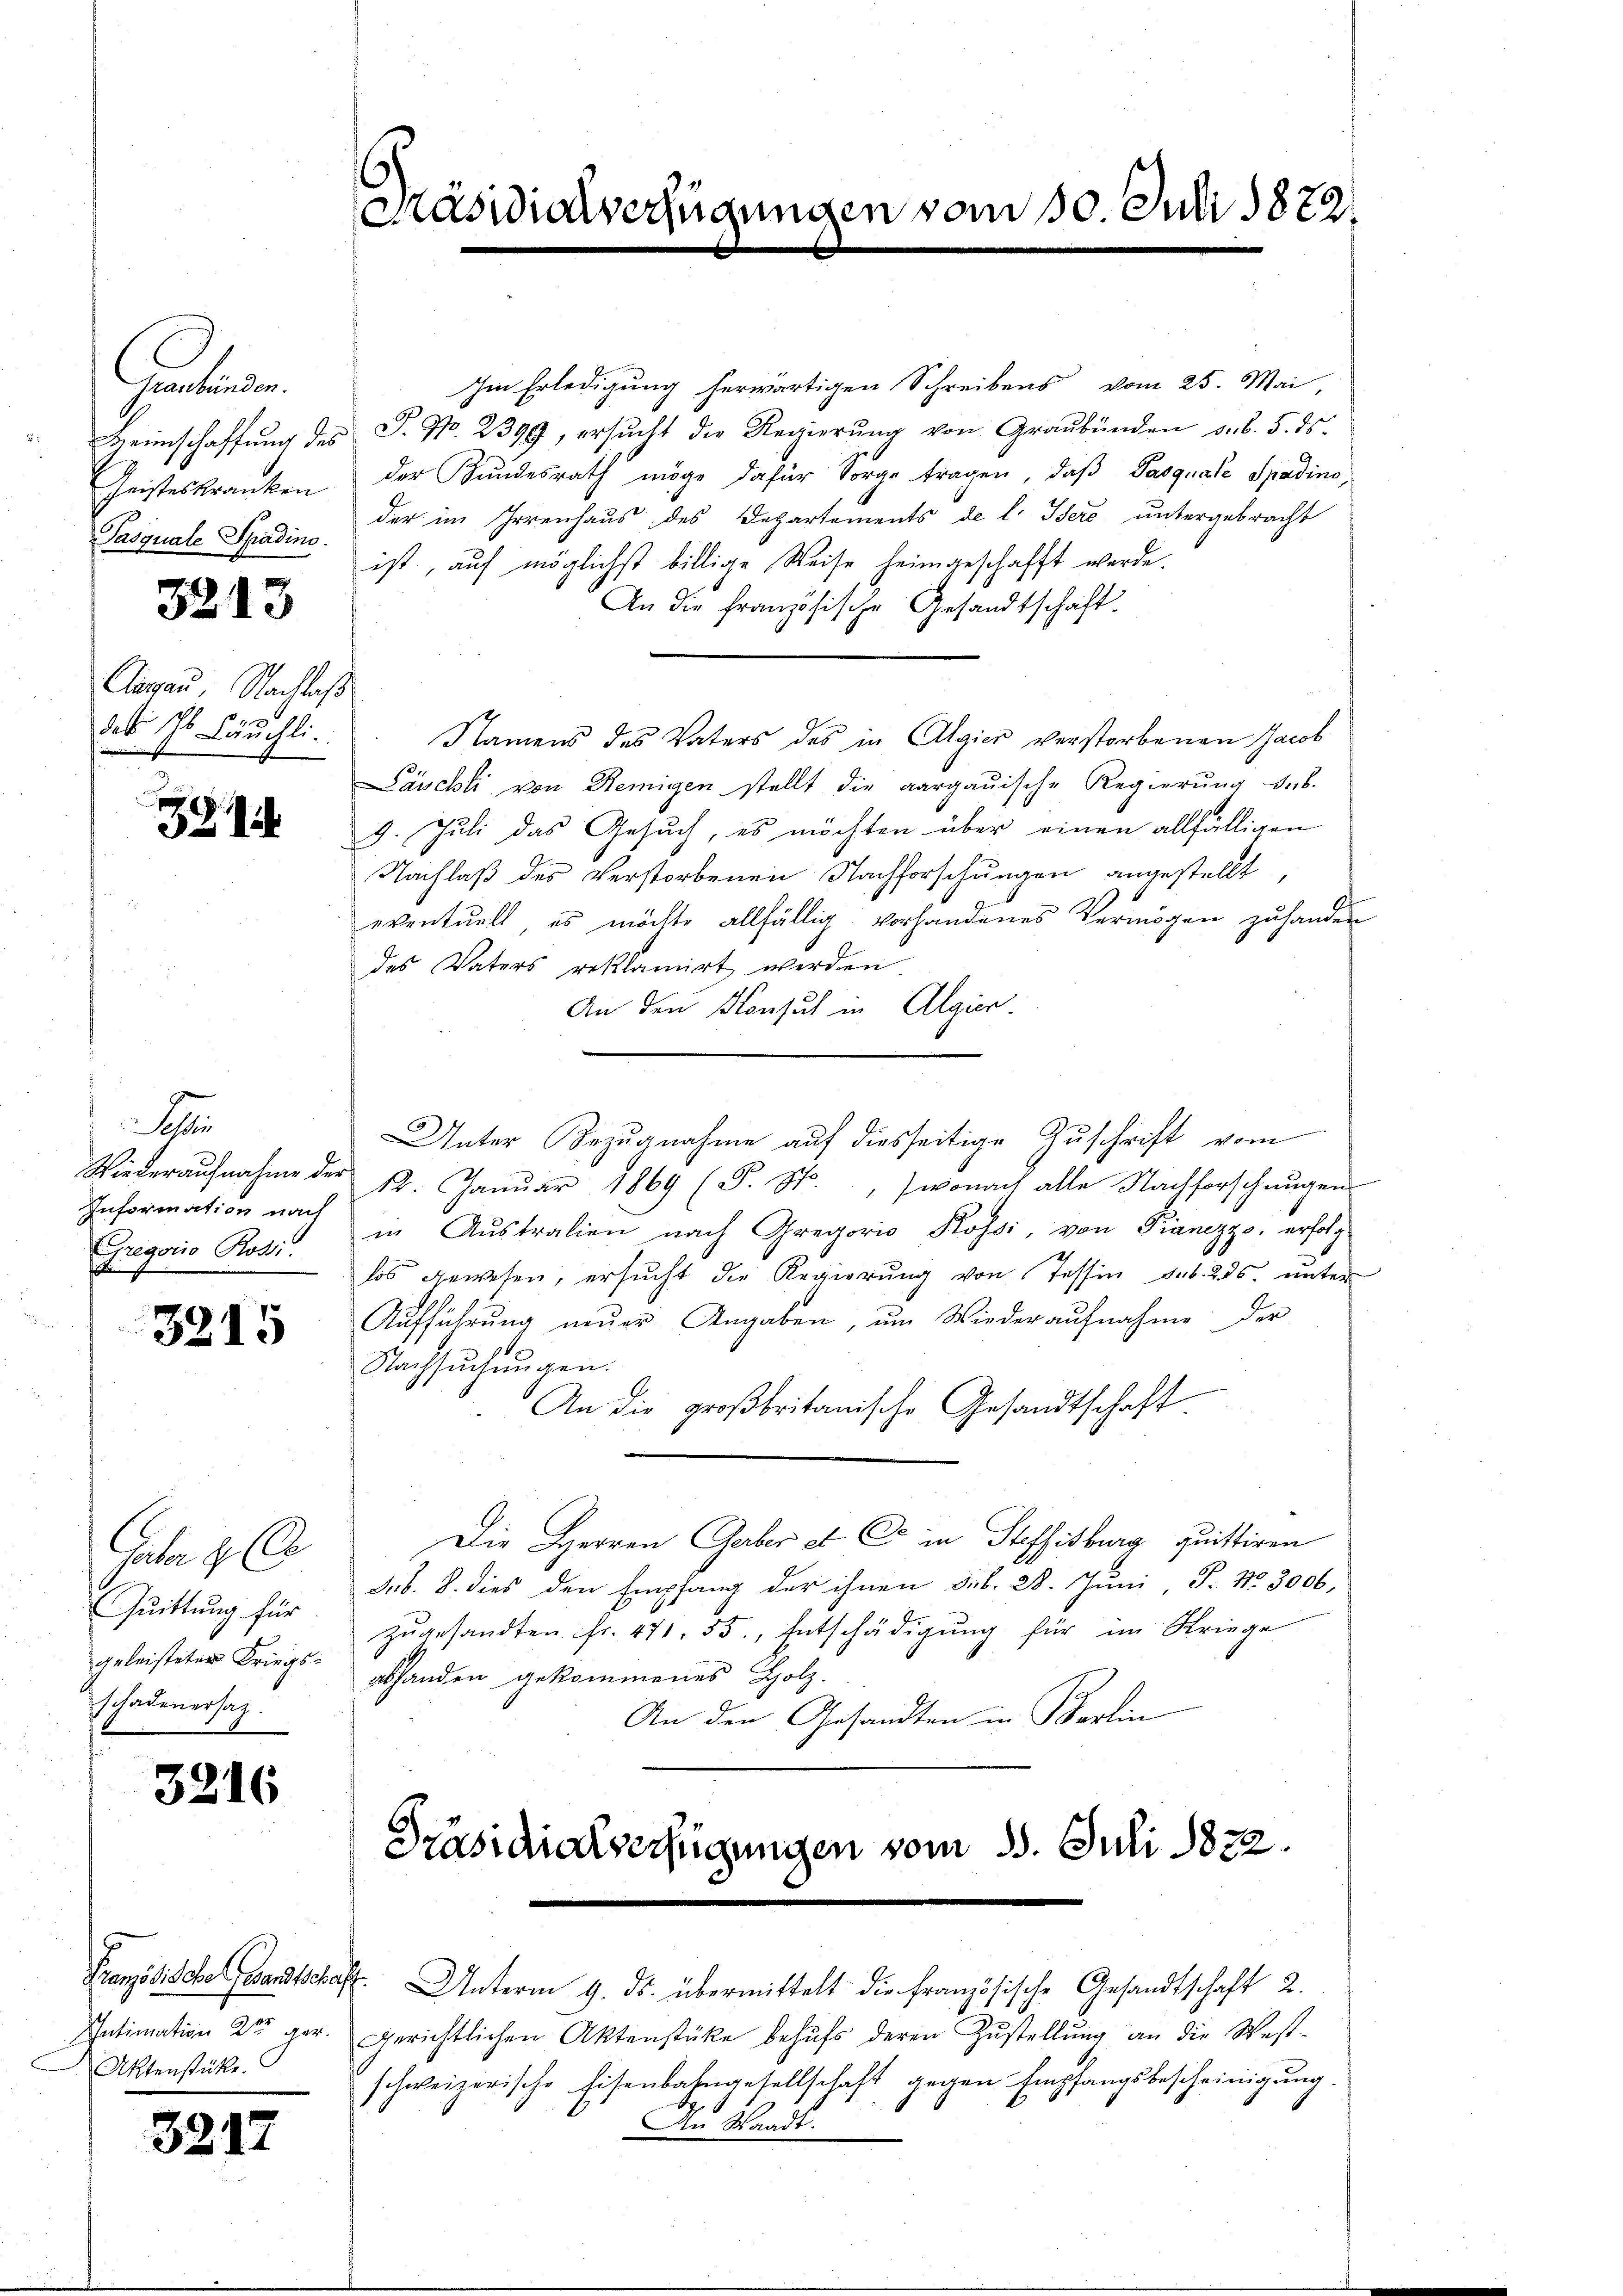
Graubünden.
Heimschaffung des
Geisteskranken
Pasquale Spadino.

3213

Argau, Nachlass
des Hs. Bäuchli

324.

S
Wiederaufnahme der
Information nach
Gregoris Rosi.
n

3215

Jaber 8
Quittung für
geleisteter Kriegsschadenersatz.

3216

Intimation 2ten ger.
Aktenstücke.

3217

Mäsidialverfügungen vom 10. Juli 1872/

Präsidialverfügungen vom 15. Juli 1872.

Im Erledigung herwärtigen Schreibens vom 25. Mai,
S. Nr. 2399, ersŭcht die Regierŭng von Graubünden d. d. 5. ds.
der Bundesrath möge dafür Sorge tragen, daβ Pasquale Spadino,
der im Irrenhaus des Departements de l. Isere untergebracht
ist, auf möglichst billige Weise heimgeschafft werde.
An die französische Gesandtschaft.
Namens des Vaters des in Algier verstorbenen Jacob
Läuchli von Remigen stellt die aargauische Regierŭng sub.
9. Juli das Gesuch, es möchten über einen allfälligen
Nachlaß des Verstorbenen Nachforschungen angestellt
eventuell es möchte allfällig vorhandenes Vermögen zŭ hander
des Vaters reklamirt werden
An den Konsuch in Algier
Unter Bezugnahme auf diesseitige Zuschrift vom
12. Januar 1869 (S. St., wonach alle Nachforschungen
in Aŭstralien nach Gregoris Kossi, von Pianezzo, erfolg
los gewesen, ersucht die Regierung von Tessin sub. 235. unter
Aŭfführŭng neŭer Angaben, ŭm Wiederaŭfnahme der
10.
Nachsŭchŭngen.
An die großbritanische Gesandtschaft
Die Herren Gerber et C in Steffisburg quittiren
sub. 8. dies den Empfang der ihnen Gub. 28. Juni, P. Nr. 3000,
zŭgesandten fr. 471. 55., Entschädigŭng für im Kriege
abhanden gekommenes Holz.
An den Gesandten in Berlin

Französische Gesandtschaft. Unterm 9. ds. übermittelt die Französische Gesandtschaft 2.
gerichtlichen Aktenstüke behŭfs deren Zŭstellŭng an die West-
schweizerische Eisenbahngesellschaft gegen Empfangsbescheinigung.
An Waadt.

d